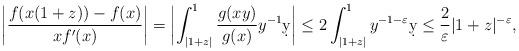
LaTeX: \begin{align*}\left| \frac{f(x(1+z)) - f(x)}{x f'(x)}\right|= \left| \int_{|1+z|}^1 \frac{g(xy)}{g(x)} y^{-1} \d y \right|\leq 2 \int_{|1+z|}^1 y^{-1-\varepsilon} \d y\leq \frac{2}{\varepsilon} |1+z|^{-\varepsilon},\end{align*}